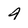
Character: 4